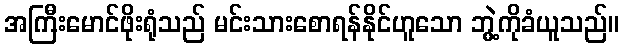
အကြီးမောင်ဖိုးရုံသည် မင်းသားစောရန်နိုင်ဟူသော ဘွဲ့ကိုခံယူသည်။